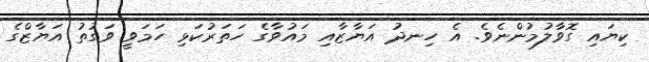
ކިޔައި ގޮވާލުމުންނެވެ. އެ ހިނދު އަޔާޒާއި މައުވާގެ ހަތަރުކަޅި ހަމަވީ ވަގުތު އަޔާޒްގެ